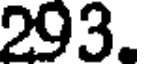
293.